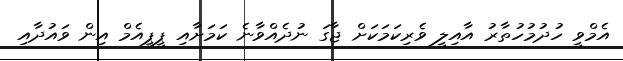
އެމްވީ ހުދުމުހުތާރު އާއިލީ ވެރިކަމަކަށް ޖާގަ ނުދެއްވާނެ ކަމަށާއި ޕީޕީއެމް އިން ވައުދާއި